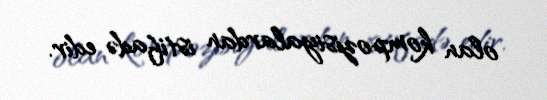
olan kompozisiyalardan istifadə edir.